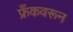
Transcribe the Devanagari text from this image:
फ्रँकवरून